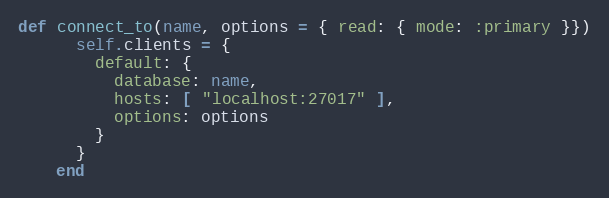
Language: Ruby
def connect_to(name, options = { read: { mode: :primary }})
      self.clients = {
        default: {
          database: name,
          hosts: [ "localhost:27017" ],
          options: options
        }
      }
    end